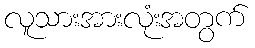
လူသားအားလုံးအတွက်